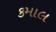
કમાલ